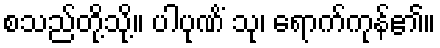
စသည်တို့သို့။ ပါပုဏိံ သု၊ ရောက်ကုန်၏။